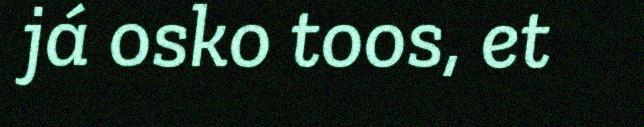
já osko toos, et